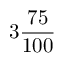
3 { \frac { 7 5 } { 1 0 0 } }